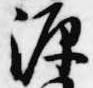
源